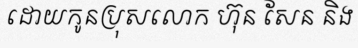
ដោយកូនប្រុសលោក ហ៊ុន សែន និង